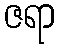
ဇရာ